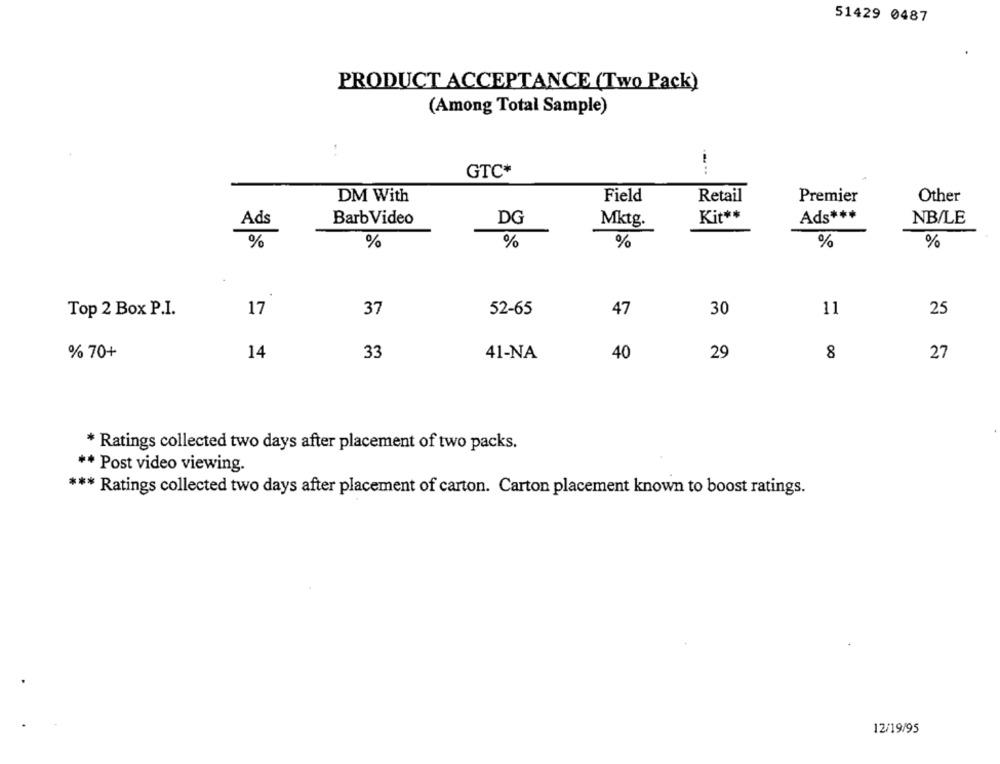
51429 0487
PRODUCT ACCEPTANCE (Two Pack)
(Among Total Sample)
:
GTC*
DM With
Field
Retail
Premier
Other
Ads
Barb Video
DG
Kit **
Ads ***
NB/LE
Mktg.
%
%
%
%
%
%
Top 2 Box P.I.
17
37
52-65
47
30
11
25
% 70+
14
33
41-NA
40
29
8
27
* Ratings collected two days after placement of two packs.
** Post video viewing.
*** Ratings collected two days after placement of carton. Carton placement known to boost ratings.
12/19/95